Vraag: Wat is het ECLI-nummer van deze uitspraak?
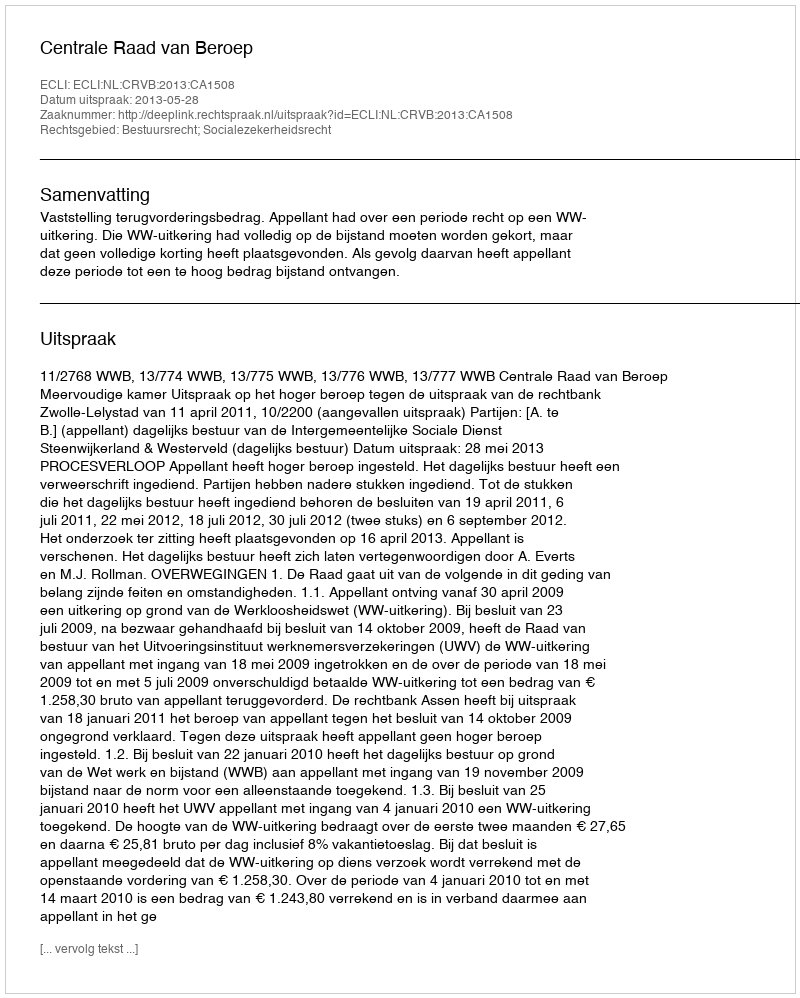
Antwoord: ECLI:NL:CRVB:2013:CA1508